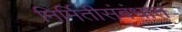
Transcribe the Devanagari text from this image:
निर्मितीसंबंधात